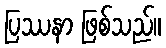
ပြဿနာ ဖြစ်သည်။